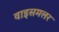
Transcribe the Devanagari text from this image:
वाइसमलर